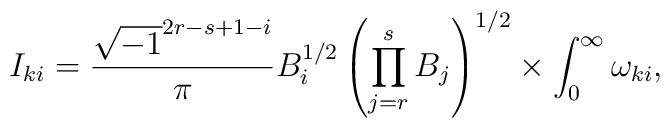
I_{ki}=\frac{\sqrt{-1}^{2r-s+1-i}}{\pi}B_i^{1/2}\left(\prod_{j=r}^sB_j\right)^{1/2}\times \int_0^\infty\omega_{ki},